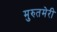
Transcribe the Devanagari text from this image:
मुरुतमेरी